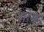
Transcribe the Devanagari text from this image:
शोग